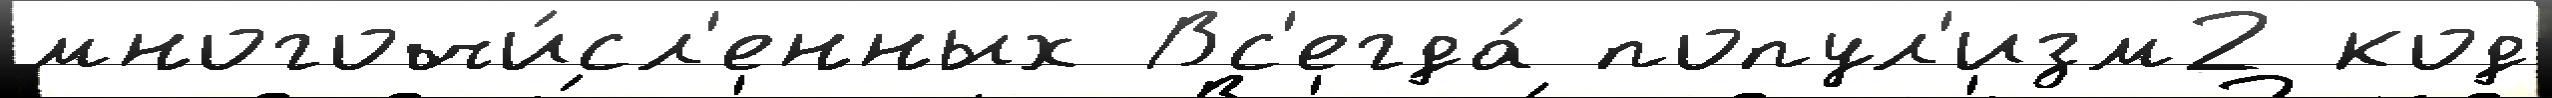
многочи́сл'енных Вс'егда́ попул'изм2 код